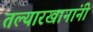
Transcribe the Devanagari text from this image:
तल्यारखानांनी